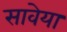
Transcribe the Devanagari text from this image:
सावेया